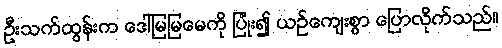
ဦးသက်ထွန်းက ဒေါ်မြမြမေကို ပြုံး၍ ယဉ်ကျေးစွာ ပြောလိုက်သည်။